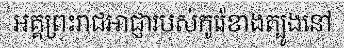
អគ្គព្រះរាជអាជ្ញារបស់កូរ៉េខាងត្បូងនៅ